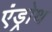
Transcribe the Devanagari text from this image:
एंड्रोथ